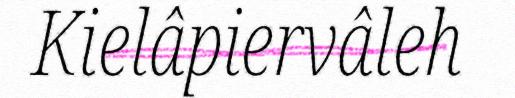
Kielâpiervâleh